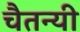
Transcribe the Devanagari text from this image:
चैतन्यी